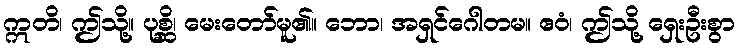
ဣတိ၊ ဤသို့။ ပုစ္ဆိ၊ မေးတော်မူ၏။ ဘော၊ အရှင်ဂေါတမ။ ဧဝံ၊ ဤသို့ ရှေးဦးစွာ